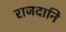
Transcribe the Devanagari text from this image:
राजदानि